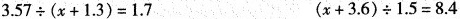
$$3 . 5 7 \div ( x + 1 . 3 ) = 1 . 7$$ $$( x + 3 . 6 ) \div 1 . 5 = 8 . 4$$